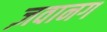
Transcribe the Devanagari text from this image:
ज़वानग